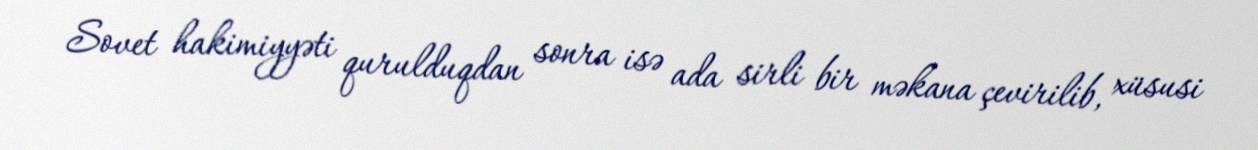
Sovet hakimiyyəti qurulduqdan sonra isə ada sirli bir məkana çevirilib, xüsusi